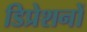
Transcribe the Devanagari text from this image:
डिप्रेशनों